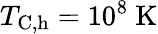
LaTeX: T_{\mathrm{C,h}}=10^{8}~\mathrm{K}